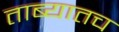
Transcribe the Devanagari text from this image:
ताब्यातच